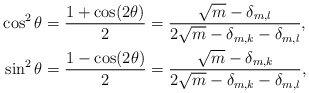
\begin{align*}\cos^2 \theta & =\frac{1+\cos(2 \theta)}{2}= \frac{\sqrt{m} - \delta_{m,l} }{2 \sqrt{m} - \delta_{m,k} - \delta_{m,l}},\\\sin^2 \theta & =\frac{1-\cos(2 \theta)}{2}= \frac{\sqrt{m} - \delta_{m,k} }{2 \sqrt{m} - \delta_{m,k} - \delta_{m,l}},\end{align*}